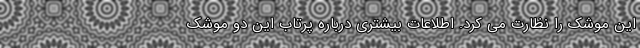
این موشک را نظارت می کرد. اطلاعات بیشتری درباره پرتاب این دو موشک